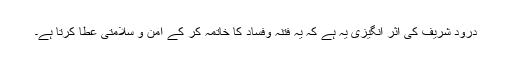
درود شریف کی اثر انگیزی یہ ہے کہ یہ فتنہ وفساد کا خاتمہ کر کے امن و سلامتی عطا کرتا ہے۔